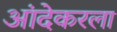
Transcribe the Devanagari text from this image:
आंदेकरला